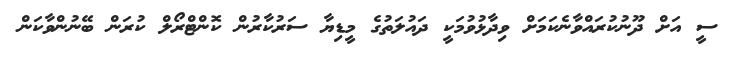
ސީ އަށް ދޫނުކުރައްވާނެކަމަށް ވިދާޅުވުމަކީ ދައުލަތުގެ މީޑިޔާ ސަރުކާރުން ކޮންޓްރޯލް ކުރަން ބޭނުންވާކަން